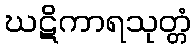
ဃဋိကာရသုတ္တံ